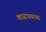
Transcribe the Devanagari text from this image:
काढावयाच्या